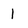
Character: 1